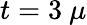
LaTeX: t=3~\mu